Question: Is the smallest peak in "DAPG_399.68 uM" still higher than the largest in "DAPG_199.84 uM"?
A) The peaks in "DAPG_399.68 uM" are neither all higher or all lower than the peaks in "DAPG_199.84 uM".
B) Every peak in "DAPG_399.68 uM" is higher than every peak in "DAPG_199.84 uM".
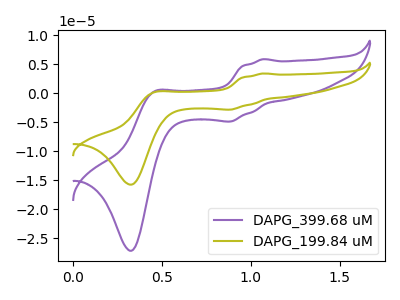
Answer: <think>The purple curve "DAPG_399.68 uM" has anodic peaks at (1.05V, 5.85uA) (0.45V, 0.25uA) and cathodic peaks at (0.90V, -4.90uA) (0.35V, -27.20uA). The olive curve "DAPG_199.84 uM" has anodic peaks at (1.05V, 3.40uA) (0.45V, 0.15uA) and cathodic peaks at (0.90V, -2.85uA) (0.35V, -15.80uA).</think>
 <answer>B) Every peak in "DAPG_399.68 uM" is higher than every peak in "DAPG_199.84 uM".</answer>
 <eval>B</eval>